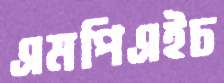
এমপিএইচ